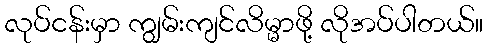
လုပ်ငန်းမှာ ကျွမ်းကျင်လိမ္မာဖို့ လိုအပ်ပါတယ်။